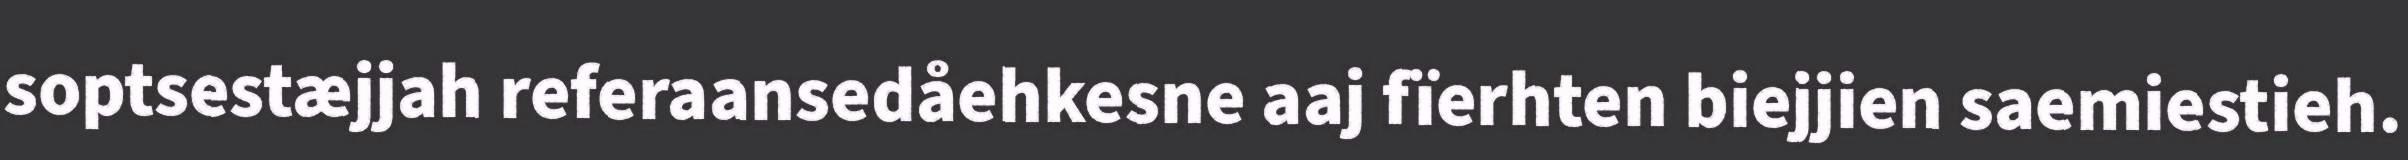
soptsestæjjah referaansedåehkesne aaj fïerhten biejjien saemiestieh.